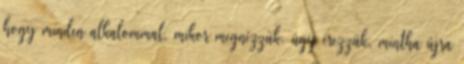
hogy minden alkalommal, mikor megnézzük, úgy érezzük, mintha újra